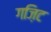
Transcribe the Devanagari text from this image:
गज़िट